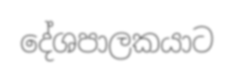
දේශපාලකයාට